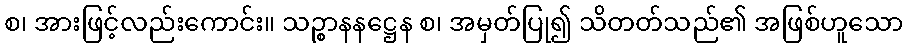
စ၊ အားဖြင့်လည်းကောင်း။ သဉ္စာနနဋ္ဌေန စ၊ အမှတ်ပြု၍ သိတတ်သည်၏ အဖြစ်ဟူသော